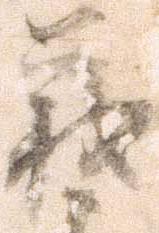
義